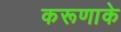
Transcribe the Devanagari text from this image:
करूणाके